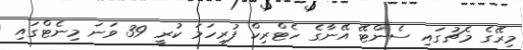
މިރޭގެ މެޗުގައި ސެންޓޭ އޭނާގެ ހެޓްރިކް ފުރިހަމަ ކުރީ 39 ވަނަ މިނެޓްގައި